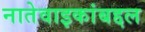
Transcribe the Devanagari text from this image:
नातेवाइकांबद्दल